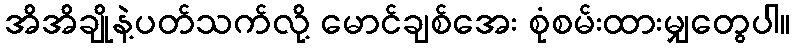
အိအိချိုနဲ့ပတ်သက်လို့ မောင်ချစ်အေး စုံစမ်းထားမျှတွေပါ။